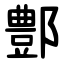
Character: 鄷